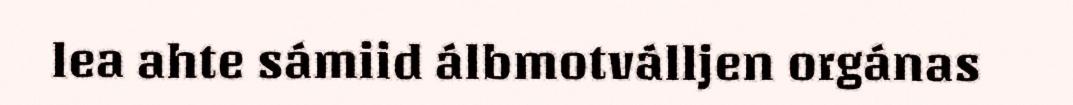
lea ahte sámiid álbmotválljen orgánas